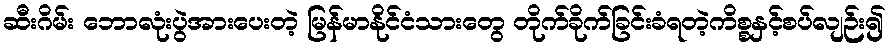
ဆီးဂိမ်း ဘောလုံးပွဲအားပေးတဲ့ မြန်မာနိုင်ငံသားတွေ တိုက်ခိုက်ခြင်းခံရတဲ့ကိစ္စနှင့်စပ်လျဉ်း၍